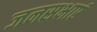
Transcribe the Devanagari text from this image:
जनसभाएं